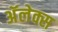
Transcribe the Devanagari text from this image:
अॅलेक्स